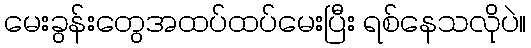
မေးခွန်းတွေအထပ်ထပ်မေးပြီး ရစ်နေသလိုပဲ။